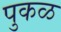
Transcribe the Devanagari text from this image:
पुकळ